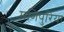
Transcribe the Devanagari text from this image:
मणिपुरिया